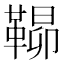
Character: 𮧠